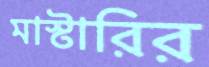
মাস্টারির